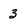
Character: 3